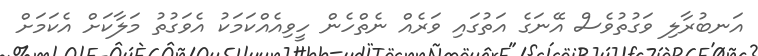
އަނބުރާލި ވަގުތުވެސް އޭނަގެ އަތުގައި ވަރެއް ނެތްހެން ހީވިއެއްކަމަކު އެވަގުތު މަލާކަށް އެކަމަށް